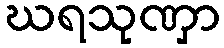
ဃရသုဏှာ